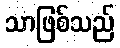
သာဖြစ်သည်